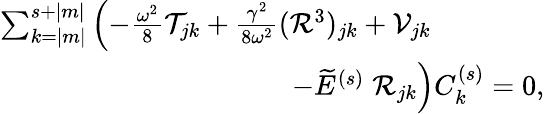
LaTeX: \begin{array}{r}{\sum_{k=|m|}^{s+|m|}\left(-\frac{\omega^{2}}{8}\mathcal{T}_{jk}+\frac{\gamma^{2}}{8\omega^{2}}(\mathcal{R}^{3})_{jk}+{\mathcal V}_{jk}\right.\qquad\qquad}\\ {\left.-{\widetilde{E}}^{(s)}\; {\mathcal{R}}_{jk}\right)C_{k}^{(s)}=0,}\end{array}